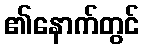
၏နောက်တွင်